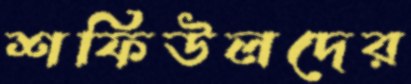
শফিউলদের